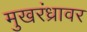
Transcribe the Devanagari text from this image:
मुखरंध्रावर